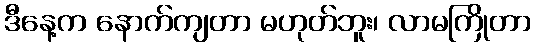
ဒီနေ့က နောက်ကျတာ မဟုတ်ဘူး၊ လာမကြိုတာ